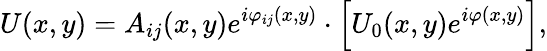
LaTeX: U(x,y)=A_{ij}(x,y)e^{i\varphi_{ij}(x,y)}\cdot\left[U_{0}(x,y)e^{i\varphi(x,y)}\right],